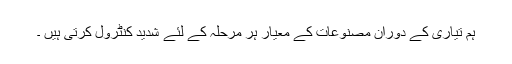
ہم تیاری کے دوران مصنوعات کے معیار ہر مرحلہ کے لئے شدید کنٹرول کرتی ہیں ۔